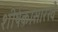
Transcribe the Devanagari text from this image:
शीर्षकासारखे